Problem: 9 × 6 = ?
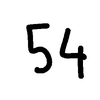
Handwritten answer: 54